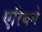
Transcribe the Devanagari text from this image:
एरियने